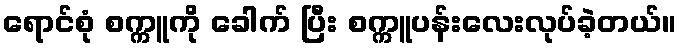
ရောင်စုံ စက္ကူကို ခေါက် ပြီး စက္ကူပန်းလေးလုပ်ခဲ့တယ်။